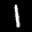
Label: 1